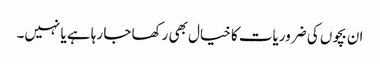
ان بچوں کی ضروریات کا خیال بھی رکھا جا رہا ہے یا نہیں۔